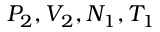
P _ { 2 } , V _ { 2 } , N _ { 1 } , T _ { 1 }